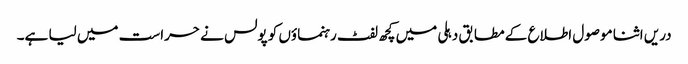
دریں اثنا موصول اطلاع کے مطابق دہلی میں کچھ لفٹ رہنماؤں کو پولس نے حراست میں لیا ہے۔